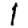
Digit: 1